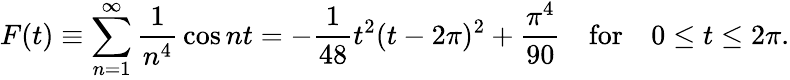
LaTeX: F(t)\equiv\sum_{n=1}^{\infty}{\frac{1}{n^{4}}}\cos nt=-{\frac{1}{48}}t^{2}(t-2\pi)^{2}+{\frac{\pi^{4}}{90}}\quad\mathrm{for}\quad 0\le t\le 2\pi.